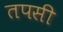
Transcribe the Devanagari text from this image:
तपसी